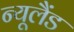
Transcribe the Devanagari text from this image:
न्‍यूलैंड